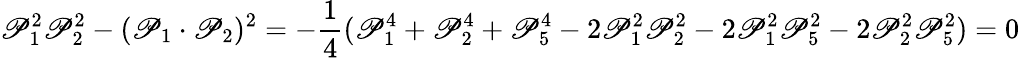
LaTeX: \mathscr{P}_{1}^{2}\mathscr{P}_{2}^{2}-(\mathscr{P}_{1}\cdot\mathscr{P}_{2})^{2}=-\frac{{1}}{{4}}(\mathscr{P}_{1}^{4}+\mathscr{P}_{2}^{4}+\mathscr{P}_{5}^{4}-2\mathscr{P}_{1}^{2}\mathscr{P}_{2}^{2}-2\mathscr{P}_{1}^{2}\mathscr{P}_{5}^{2}-2\mathscr{P}_{2}^{2}\mathscr{P}_{5}^{2})=0